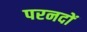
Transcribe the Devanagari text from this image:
परनदों